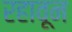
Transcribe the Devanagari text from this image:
रहावून